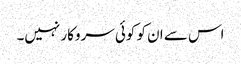
اس سے ان کو کوئی سروکار نہیں۔